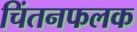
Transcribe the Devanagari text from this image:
चिंतनफलक